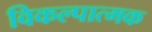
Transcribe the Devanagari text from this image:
विकल्पात्मक